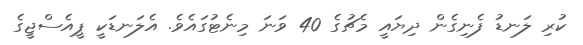
ކުރި ލަނޑު ފެނިގެން ދިޔައީ މެޗުގެ 40 ވަނަ މިނެޓުގައެވެ. އެލަނޑަކީ ޕީއެސްޖީގެ